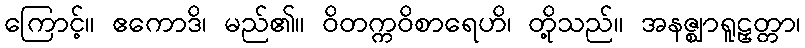
ကြောင့်။ ဧကောဒိ၊ မည်၏။ ဝိတက္ကဝိစာရေဟိ၊ တို့သည်။ အနဇ္ဈာရူဠှတ္တာ၊